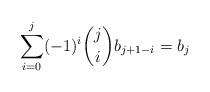
\begin{align*}\sum_{i=0}^j (-1)^i \binom{j}{i}b_{j+1-i}=b_j\end{align*}